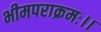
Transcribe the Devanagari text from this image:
भीमपराक्रमः।।